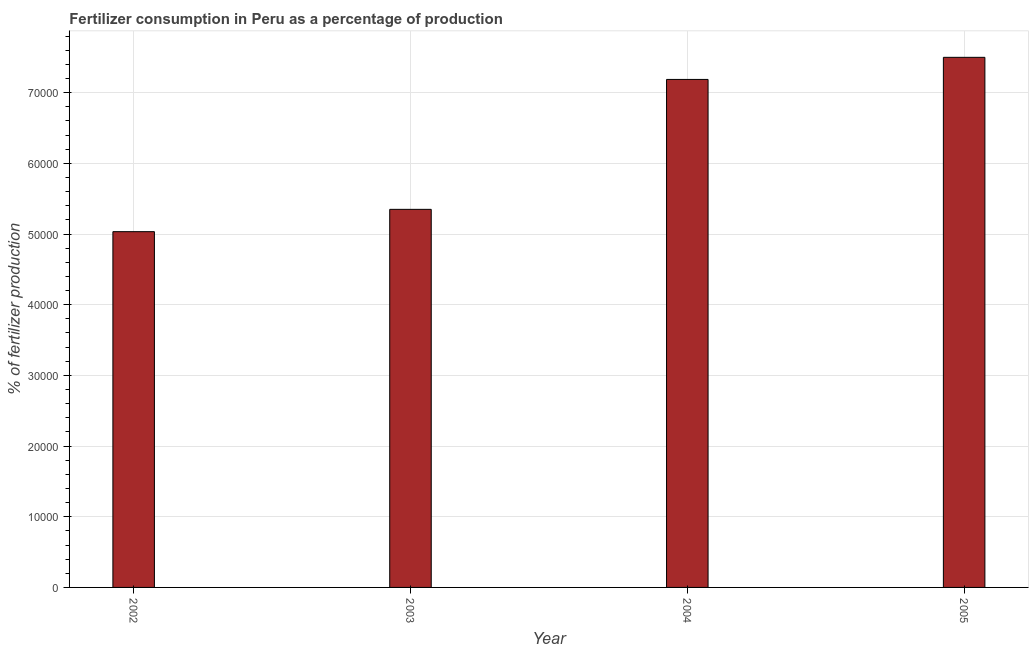
| Year | Fertilizer consumption |
 | --- | --- |
 | 2002 | 5.03e+04 |
 | 2003 | 5.35e+04 |
 | 2004 | 7.19e+04 |
 | 2005 | 7.5e+04 |